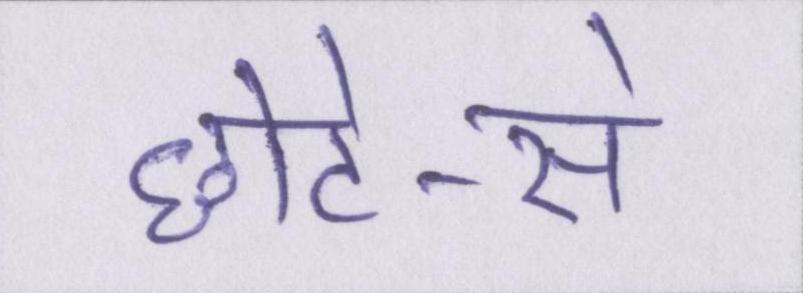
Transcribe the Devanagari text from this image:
छोटे-से